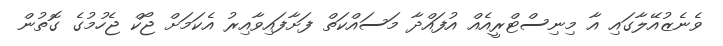
ވެނެޒުއޭލާގައި އާ މިނިސްޓްރީއެއް އުފައްދާ މަސައްކަތް ފަށާފައިވާއިރު އެކަމަށް ޖޯކް ޖެހުމުގެ ގޮތުން